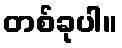
တစ်ခုပါ။